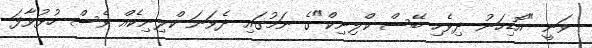
ވަނީ "އޮޑިހަނު ދިވެހި ބޭސް ކްލިނިކް"ގެ ނަމުގައި ދެވަނަ ކްލިނިކެއް ވެސް ހުޅުވާފަ